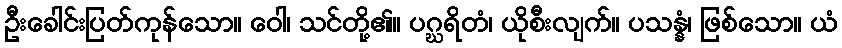
ဦးခေါင်းပြတ်ကုန်သော။ ဝေါ၊ သင်တို့၏။ ပဂ္ဃရိတံ၊ ယိုစီးလျက်။ ပသန္နံ၊ ဖြစ်သော။ ယံ